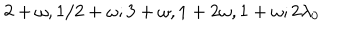
2 + \omega , 1 / 2 + \omega ; 3 + \omega , 1 + 2 \omega , 1 + \omega ; 2 \lambda _ { 0 }